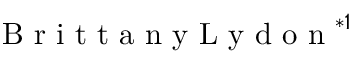
\mathrm { ~ B ~ r ~ i ~ t ~ t ~ a ~ n ~ y ~ L ~ y ~ d ~ o ~ n ~ } ^ { * 1 }